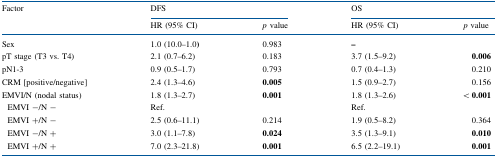
| <ROWSPAN=2> Factor | <COLSPAN=2> DFS | <COLSPAN=2> OS |
 | HR (95% CI) | p value | HR (95% CI) | p value |
 | --- | --- | --- | --- | --- |
 | Sex | 1.0 (10.0–1.0) | 0.983 | – |  |
 | pT stage (T3 vs. T4) | 2.1 (0.7–6.2) | 0.183 | 3.7 (1.5–9.2) | 0.006 |
 | pN1-3 | 0.9 (0.5–1.7) | 0.793 | 0.7 (0.4–1.3) | 0.210 |
 | CRM [positive/negative] | 2.4 (1.3–4.6) | 0.005 | 1.5 (0.9–2.7) | 0.156 |
 | EMVI/N (nodal status) | 1.8 (1.3–2.7) | 0.001 | 1.8 (1.3–2.6) | < 0.001 |
 | EMVI −/N − | Ref. |  | Ref. |  |
 | EMVI +/N − | 2.5 (0.6–11.1) | 0.214 | 1.9 (0.5–8.2) | 0.364 |
 | EMVI −/N + | 3.0 (1.1–7.8) | 0.024 | 3.5 (1.3–9.1) | 0.010 |
 | EMVI +/N + | 7.0 (2.3–21.8) | 0.001 | 6.5 (2.2–19.1) | 0.001 |